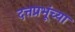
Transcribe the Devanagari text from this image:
दत्तप्रभूंच्या